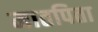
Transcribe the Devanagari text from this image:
मातपिता